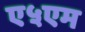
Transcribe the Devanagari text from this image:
ए५एम